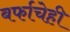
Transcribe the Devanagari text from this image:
बर्फाचेही